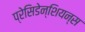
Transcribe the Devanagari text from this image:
प्रेसिडेन्शियन्स